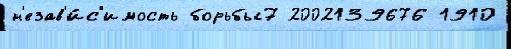
н'езав'и́с'имость борьбы7 2002139676 1910